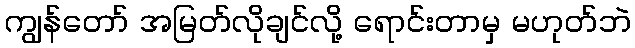
ကျွန်တော် အမြတ်လိုချင်လို့ ရောင်းတာမှ မဟုတ်ဘဲ